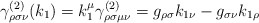
\begin{align*}\gamma _{\rho \sigma \nu }^{(2)}(k_1)=k_1^\mu \gamma _{\rho \sigma \mu \nu}^{(2)}=g_{\rho \sigma }k_{1\nu }-g_{\sigma \nu }k_{1\rho }\end{align*}